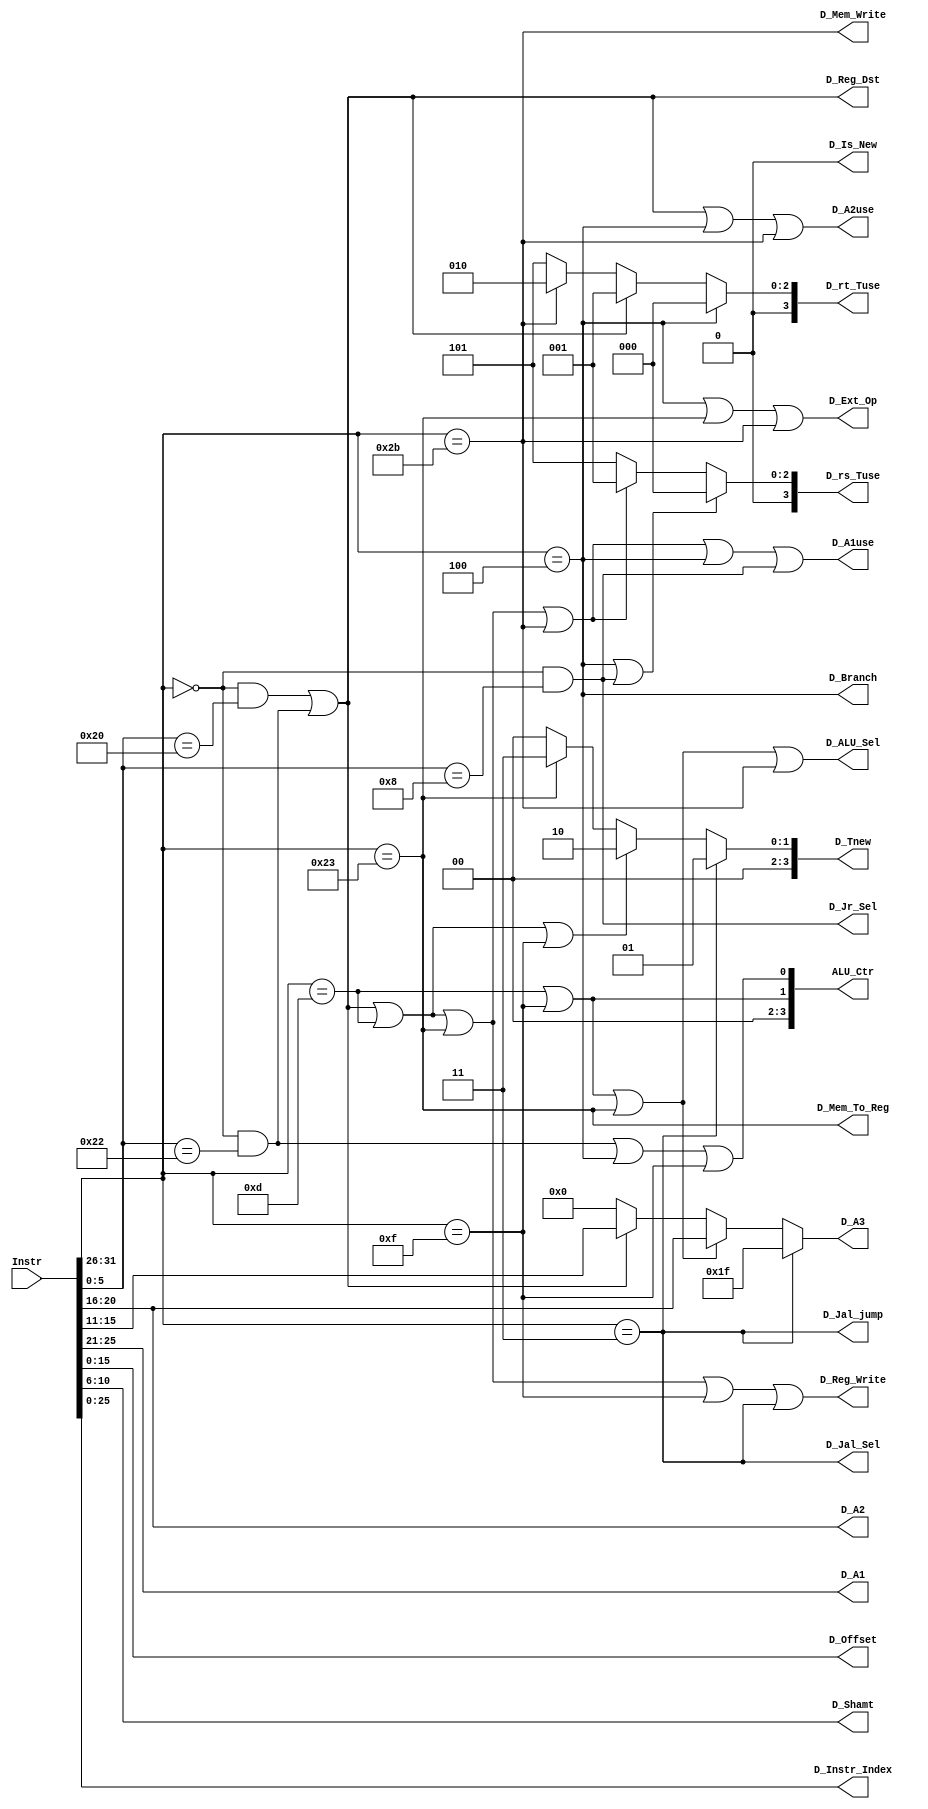
`timescale 1ns / 1ps
//////////////////////////////////////////////////////////////////////////////////
// Company: 
// Engineer: 
// 
// Design Name: 
// Module Name:    D_Controller 
// Project Name: 
// Target Devices: 
// Tool versions: 
// Description: 
//
// Dependencies: 
//
// Revision: 
// Revision 0.01 - File Created
// Additional Comments: 
//
//////////////////////////////////////////////////////////////////////////////////
module D_Controller(
	input [31:0] Instr,

//Splitter	    
	output [4:0] D_A1,
    output [4:0] D_A2,
    output [4:0] D_A3,
    output [15:0] D_Offset,
    output [4:0] D_Shamt,
    output [25:0] D_Instr_Index,
//Controller	
	output D_ALU_Sel,
    output D_Mem_To_Reg,
    output D_Mem_Write,
    output D_Reg_Dst,
    output D_Reg_Write,
    output D_Branch,
    output D_Ext_Op,
    output D_Jal_Sel,
	output D_Jal_jump,
    output D_Jr_Sel,
    output [3:0] ALU_Ctr,
	output D_Is_New,
//Forward_control	
	output [3:0] D_rs_Tuse,
	output [3:0] D_rt_Tuse,
	output [3:0] D_Tnew,
	output D_A1use,//use
    output D_A2use
    );

//splitter
    wire [5:0] Op;
    wire [5:0] Funct;

    assign Funct = Instr[5:0];
    assign D_Shamt = Instr[10:6];
    wire [4:0] A3 = Instr[15:11];
    assign D_A2 = Instr[20:16];
    assign D_A1 = Instr[25:21];
    assign Op = Instr[31:26];

    assign D_Instr_Index = Instr[25:0];
    assign D_Offset = Instr[15:0];
	
//control
	wire add = (Op == 6'b000000 && Funct == 6'b100000);
	wire sub = (Op == 6'b000000 && Funct == 6'b100010);
	wire ori = (Op == 6'b001101);
	wire lw  = (Op == 6'b100011);
	wire sw  = (Op == 6'b101011);
	wire beq = (Op == 6'b000100);
	wire lui = (Op == 6'b001111);
	wire jal = (Op == 6'b000011);
	wire jr  = (Op == 6'b000000 && Funct == 6'b001000);

	assign D_A3	= 	(jal) 				? 5'd31 :		//chooose 31 as A3
					( ori | lui | lw ) 	? Instr[20:16]:	//chooose rt as A3
					( add | sub ) 		? Instr[15:11]:	//chooose rd as A3	(jalr)
					5'd0;

	assign D_ALU_Sel    = ori | lui | lw | sw | 1'b0;
	assign D_Mem_To_Reg = lw | 1'b0;
	assign D_Mem_Write  = sw | 1'b0;
	assign D_Reg_Dst    = add | sub | 1'b0;
	assign D_Reg_Write  = add | sub | ori | lw | lui | jal | 1'b0;
	assign D_Branch     = beq | 1'b0;
	assign D_Ext_Op     = beq | lw | sw | 1'b0;
	assign D_Jal_Sel    = jal | 1'b0;//GPR[rd]PC+8
	assign D_Jal_jump	= jal | 1'b0;//jump to instr_index
	assign D_Jr_Sel     = jr | 1'b0;//jump to RD1
	assign ALU_Ctr[0] = sub | beq | lui | 1'b0;
	assign ALU_Ctr[1] = ori | lui | 1'b0;
	assign ALU_Ctr[2] = 1'b0;
	assign ALU_Ctr[3] = 1'b0;
	assign D_Is_New = 1'b0; 
//Forwarding 	
	wire rs_Tuse_0 = beq | jr | 1'b0 ;//0
	wire rs_Tuse_1 = add | sub | ori | lw | sw | 1'b0 ;//1
	wire rs_Tuse_x = lui | jal | 1'b0 ;//x(>3)
	wire rt_Tuse_0 = beq | 1'b0 ;//0
	wire rt_Tuse_1 = add | sub | 1'b0 ;//1
	wire rt_Tuse_2 = sw  | 1'b0 ;//2
	wire rt_Tuse_x = ori | lw | lui | jal | jr | 1'b0 ;//x(>3)
	wire D_Tnew_1  = jal | 1'b0 ;//1
	wire D_Tnew_2  = add | sub | ori | lui | 1'b0 ;//2
	wire D_Tnew_3  = lw | 1'b0 ;//3
	
	assign D_rs_Tuse = 	(rs_Tuse_0 == 1) ? 4'd0 :
						(rs_Tuse_1 == 1) ? 4'd1 : 4'd5 ;
						
	assign D_rt_Tuse = 	(rt_Tuse_0 == 1) ? 4'd0 :
						(rt_Tuse_1 == 1) ? 4'd1 :
						(rt_Tuse_2 == 1) ? 4'd2 : 4'd5 ;
					 
	assign D_Tnew  = (D_Tnew_1 == 1) ? 4'd1 :
					 (D_Tnew_2 == 1) ? 4'd2 :
					 (D_Tnew_3 == 1) ? 4'd3 : 4'd0 ;
			 
	assign D_A1use = add | sub | ori | lw | sw | beq | jr | 1'b0;
	assign D_A2use = add | sub | beq | sw | 1'b0;

endmodule